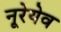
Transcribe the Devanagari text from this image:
नूरेयेव